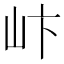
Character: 𪨨